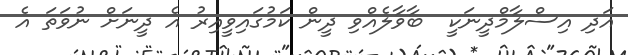
އަދި އިސްލާމްދީނަކީ  ބާވާލެއްވި ދީން ކަމުގައިވީއިރު އެ ދީނަށް ނުވަތަ އެ